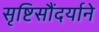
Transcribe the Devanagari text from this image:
सृष्टिसौंदर्याने